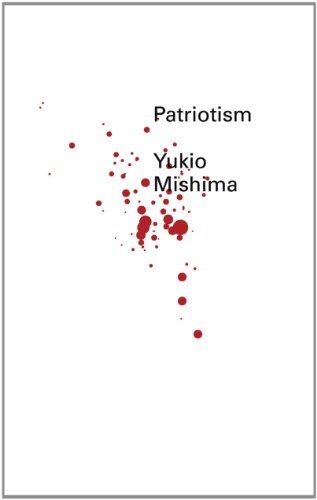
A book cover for Patriotism (Second Edition)  (New Directions Pearls); Yukio Mishima; Literature & Fiction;